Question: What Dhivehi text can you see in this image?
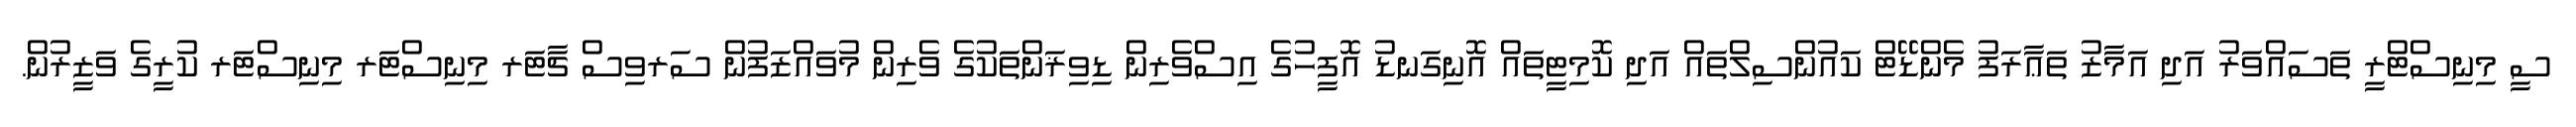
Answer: ސީ މިނިސްޓްރީ ތަސައްވަރު އަދި އަމާޒު ތަޢާރަފު މެންޑޭޓް ކައުންސިލްތައް އަދި ކޮމިޓީތައް އޮނިގަނޑު އޮފީހުގެ އިސްވެރިން ޑިވިޜަންތަކުގެ ވެރިން މުވައްޒަފުން ސަރވިސް ޗާޓަރ މިނިސްޓަރ މިނިސްޓަރ ކުރީގެ ވަޒީރުން.